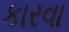
કારવા